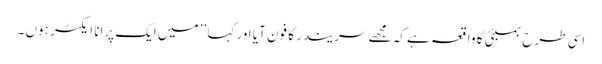
اسی طرح بمبئی کا واقعہ ہے کہ مجھے سریندر کا فون آیا اور کہا ’’ میں ایک پرانا ایکٹر ہوں ۔